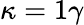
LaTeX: \kappa=1\gamma